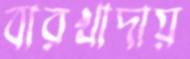
বারখাদায়